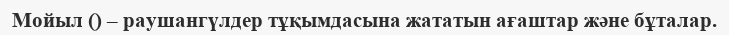
Мойыл () – раушангүлдер тұқымдасына жататын ағаштар және бұталар.